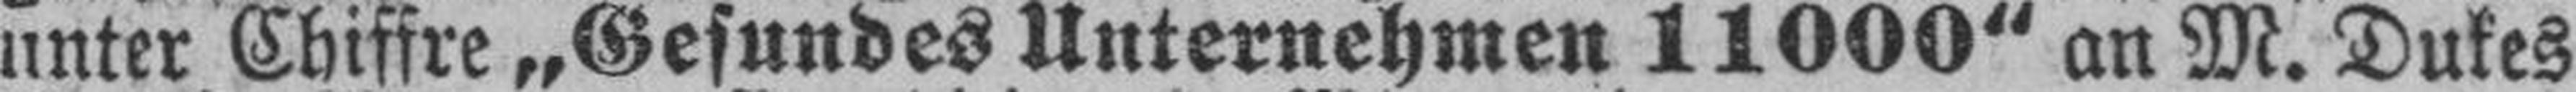
unter Chiffre „Gesundes Unternehmen 11000“ an M. Dukes